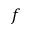
f